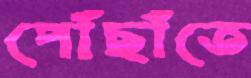
পৌঁছাঁতে